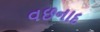
વછનાદ